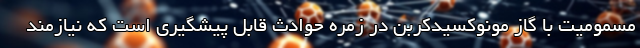
مسمومیت با گاز مونوکسیدکربن در زمره حوادث قابل پیشگیری است که نیازمند